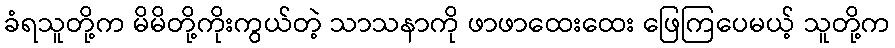
ခံရသူတို့က မိမိတို့ကိုးကွယ်တဲ့ သာသနာကို ဖာဖာထေးထေး ဖြေကြပေမယ့် သူတို့က